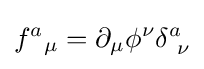
f^{a}{}_{\mu }=\partial _{\mu }\phi ^{\nu }\delta _{~\nu }^{a}